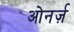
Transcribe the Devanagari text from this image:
ओनर्ज़